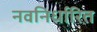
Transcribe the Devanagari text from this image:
नवनिर्धारित